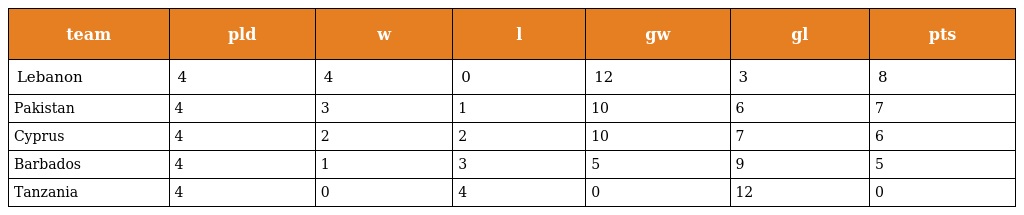
| team | pld | w | l | gw | gl | pts |
 | --- | --- | --- | --- | --- | --- | --- |
 | Lebanon | 4 | 4 | 0 | 12 | 3 | 8 |
 | Pakistan | 4 | 3 | 1 | 10 | 6 | 7 |
 | Cyprus | 4 | 2 | 2 | 10 | 7 | 6 |
 | Barbados | 4 | 1 | 3 | 5 | 9 | 5 |
 | Tanzania | 4 | 0 | 4 | 0 | 12 | 0 |